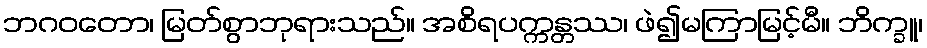
ဘဂဝတော၊ မြတ်စွာဘုရားသည်။ အစိရပက္ကန္တဿ၊ ဖဲ၍မကြာမြင့်မီ။ ဘိက္ခူ၊